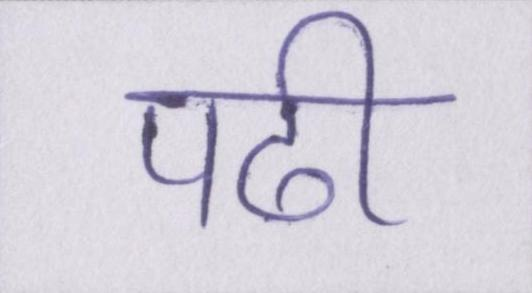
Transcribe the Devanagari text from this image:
पढी